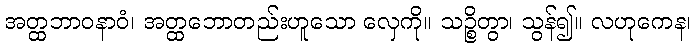
အတ္ထဘာဝနာဝံ၊ အတ္ထဘောတည်းဟူသော လှေကို။ သဉ္စိတွာ၊ သွန်၍။ လဟုကေန၊